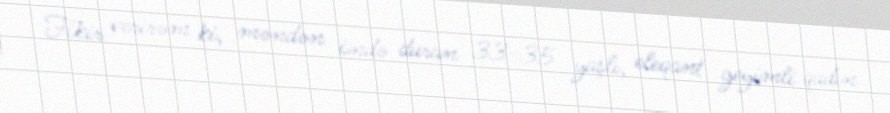
Fikir verirəm ki, məndən öndə duran 33-35 yaşlı, eleqant geyimli qadın